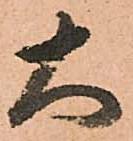
大